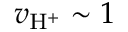
v _ { \mathrm { H ^ { + } } } \sim 1